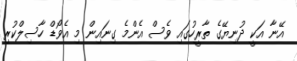
އޭނާ އަކީ ދުނިޔޭގެ ތާރީހުގައި ވެސް އެންމެ ގިނައިން މި އެވޯޑް ހާސިލްކުރި